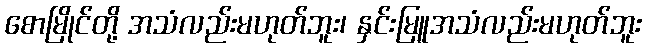
စောမြိုင်တို့ အသံလည်းမဟုတ်ဘူး၊ နှင်းမြူအသံလည်းမဟုတ်ဘူး